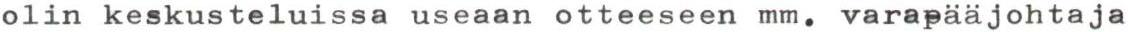
olin keskusteluissa useaan otteeseen mm. varapääjohtaja